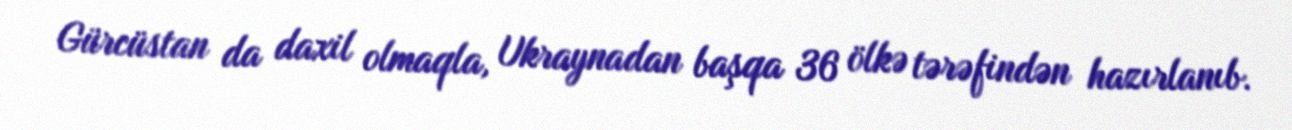
Gürcüstan da daxil olmaqla, Ukraynadan başqa 36 ölkə tərəfindən hazırlanıb.